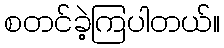
စတင်ခဲ့ကြပါတယ်။